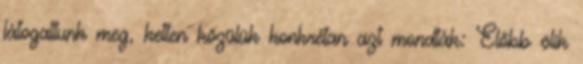
látogattunk meg, ketten közülük konkrétan azt mondták: Előbb ölik